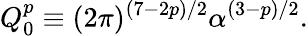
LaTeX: Q_{0}^{p}\equiv(2\pi)^{(7-2p)/2}\alpha^{(3-p)/2}.